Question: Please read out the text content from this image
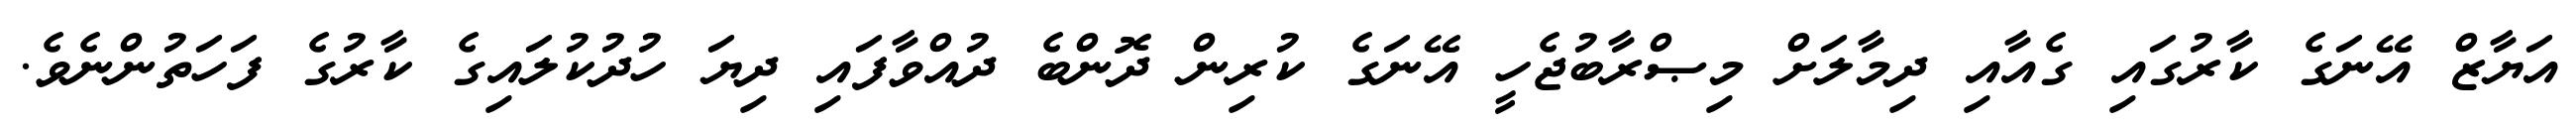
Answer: އަޔާޒް އޭނަގެ ކާރުގައި ގެއާއި ދިމާލަށް މިޞްރާބުޖެހީ އޭނަގެ ކުރިން ދޮންބެ ދުއްވާފައި ދިޔަ ހުދުކުލައިގެ ކާރުގެ ފަހަތުންނެވެ.